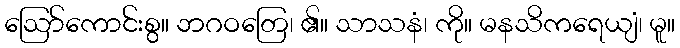
ဩော်ကောင်းစွ။ ဘဂဝတြေ၊ ၏။ သာသနံ၊ ကို။ မနသိကရေယျံ၊ မူ။